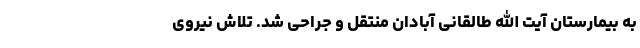
به بیمارستان آیت الله طالقانی آبادان منتقل و جراحی شد. تلاش نیروی